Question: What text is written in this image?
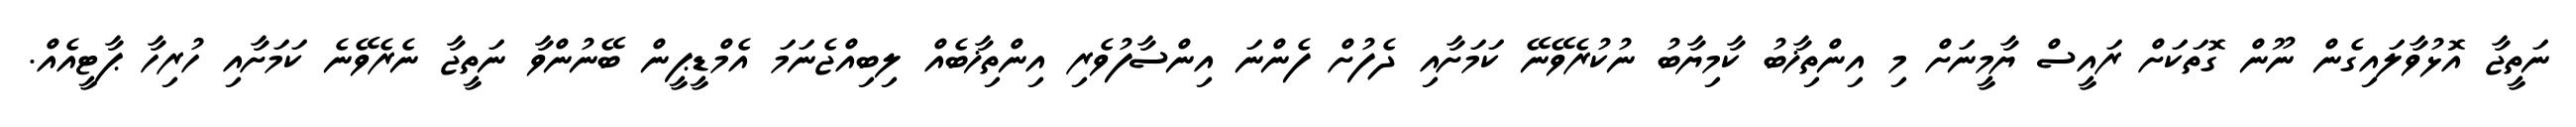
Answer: ނަތީޖާ އޮޅުވާލައިގެން ނޫން ގޮތަކަށް ރައީސް ޔާމީނަށް މި އިންތިޚާބު ކާމިޔާބު ނުކުރެވޭނޭ ކަމަށާއި ދެފުށް ފެންނަ އިންސާފުވެރި އިންތިޚާބެއް ލިބިއްޖެނަމަ އެމްޑީޕީން ބޭނުންވާ ނަތީޖާ ނެރެވޭނެ ކަމަށާއި ހުރިހާ ޕާޓީއެއް.